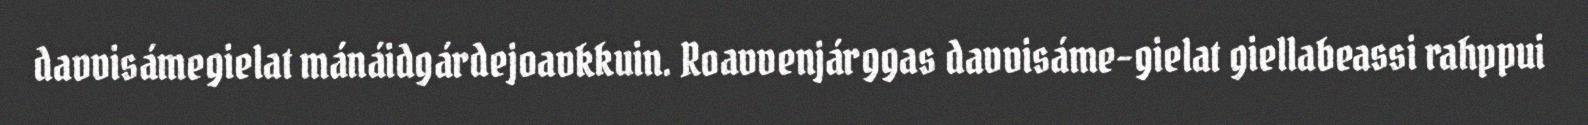
davvisámegielat mánáidgárdejoavkkuin. Roavvenjárggas davvisáme-gielat giellabeassi rahppui